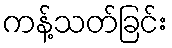
ကန့်သတ်ခြင်း